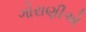
ગોરાણીએ